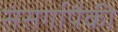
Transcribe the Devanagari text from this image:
संसर्गापैकी